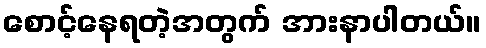
စောင့်နေရတဲ့အတွက် အားနာပါတယ်။